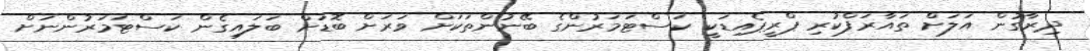
ދިރާގުން އަލަށް ތައާރަފްކުރި ޕްރީޕެއިޑަކީ ކަސްޓަމަރުންގެ ބޭނުންތަކަށް ވަރަށް ބޮޑަށް ބަލައިގެން ކަސްޓަމަރުންނަށް